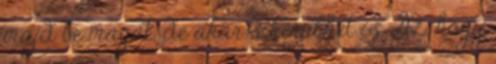
majd be magát, de akár sikerülhet is. Az. hogy